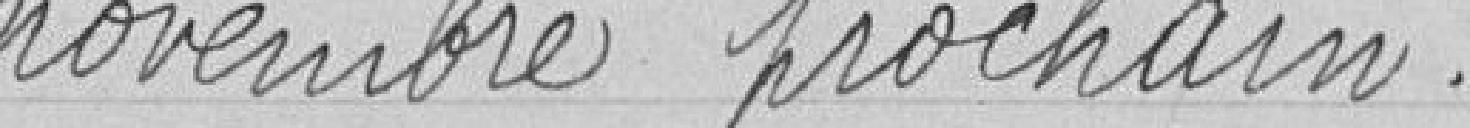
novembre prochain.